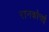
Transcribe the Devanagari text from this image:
रानकोचई